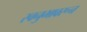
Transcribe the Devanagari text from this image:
स्वनुभावरून